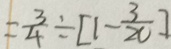
= \frac { 3 } { 4 } \div [ 1 - \frac { 3 } { 2 0 } ]